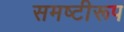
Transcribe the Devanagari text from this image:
समष्टीरूप